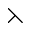
\leftthreetimes